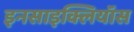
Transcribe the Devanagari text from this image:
इनसाइक्लियॉस